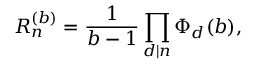
R _ { n } ^ { ( b ) } = { \frac { 1 } { b - 1 } } \prod _ { d | n } \Phi _ { d } ( b ) ,